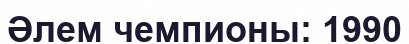
Әлем чемпионы: 1990